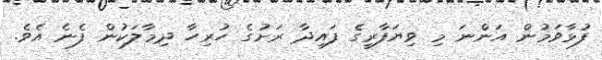
ފުޅާވަމުން އަންނަ މި ވިޔަފާރީގެ ފައިދާ ރަށުގެ ހުރިހާ ދިމާލަކުން ފެނެ އެެވެ.